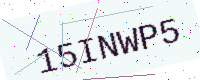
Text: 15INWP5